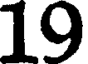
19